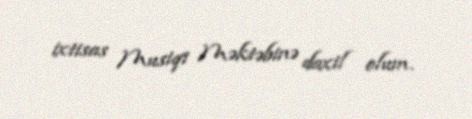
ixtisas Musiqi Məktəbinə daxil olum.